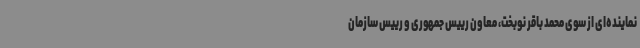
نماینده‌ای از سوی محمد باقر نوبخت، معاون رییس جمهوری و رییس سازمان